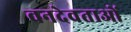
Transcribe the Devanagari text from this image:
वनदेवताओं